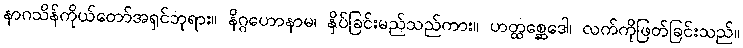
နာဂသိန်ကိုယ်တော်အရှင်ဘုရား။ နိဂ္ဂဟောနာမ၊ နှိပ်ခြင်းမည်သည်ကား။ ဟတ္ထစ္ဆေဒေါ၊ လက်ကိုဖြတ်ခြင်းသည်။